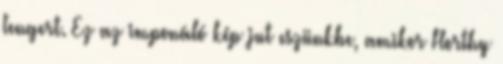
tengert. Ez az imponáló kép jut eszünkbe, amikor Horthy